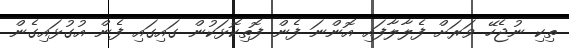
ތިކި ނުޖެހޭ ވަރަށް ފެލާލާފައި އޮންނަ ފެން ފޮތިކޮޅަކުން ގައިގައި ފެން އުގުޅައިގެން